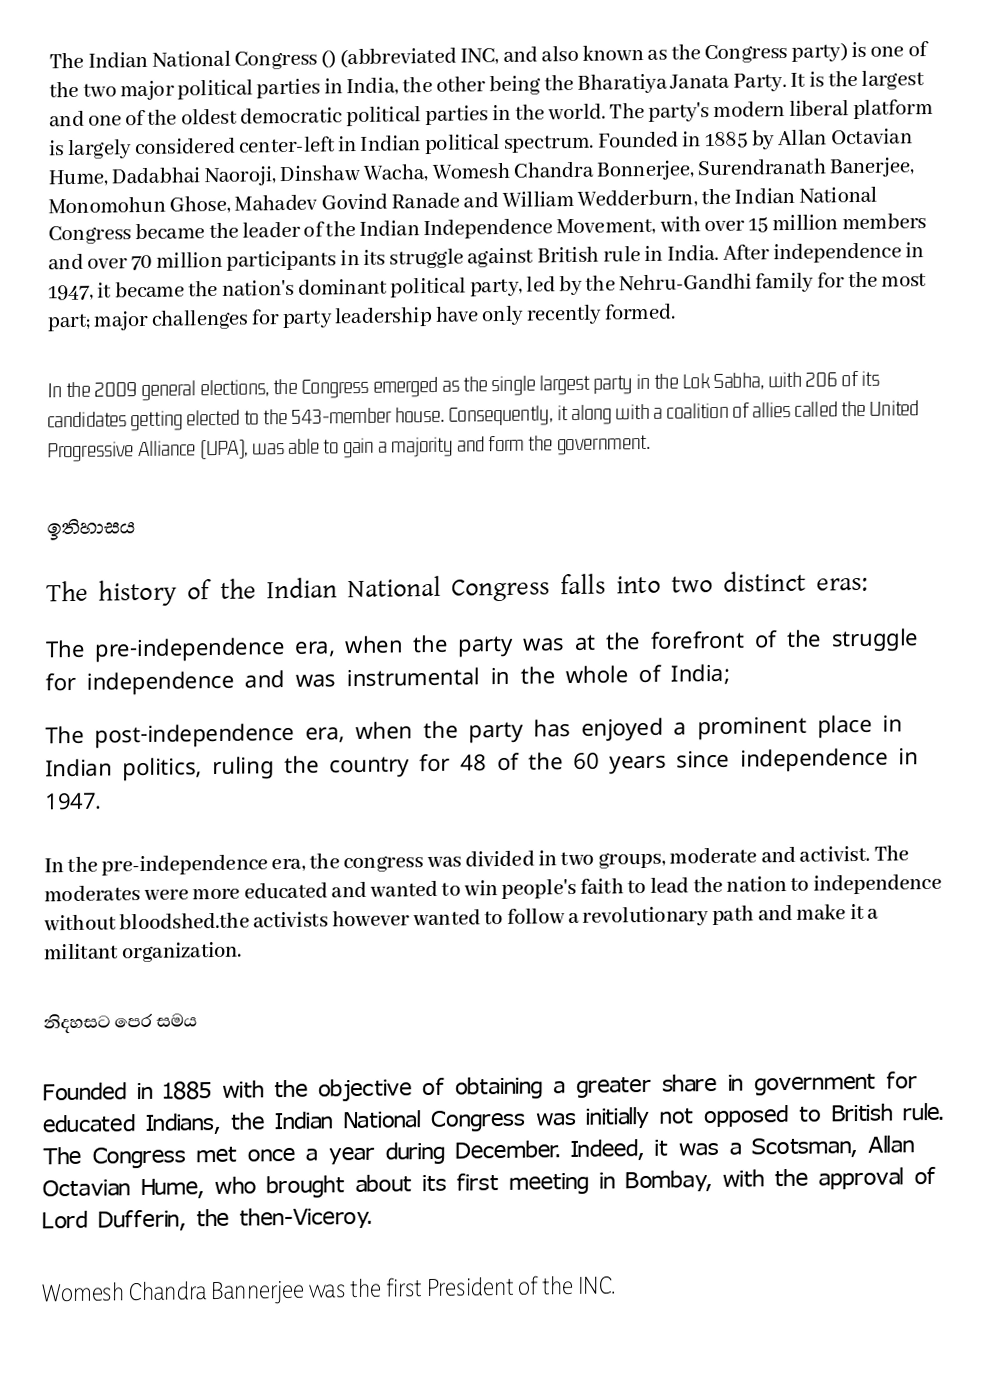
The Indian National Congress () (abbreviated INC, and also known as the Congress party) is one of the two major political parties in India, the other being the Bharatiya Janata Party. It is the largest and one of the oldest democratic political parties in the world. The party's modern liberal platform is largely considered center-left in Indian political spectrum. Founded in 1885 by Allan Octavian Hume, Dadabhai Naoroji, Dinshaw Wacha, Womesh Chandra Bonnerjee, Surendranath Banerjee, Monomohun Ghose, Mahadev Govind Ranade and William Wedderburn, the Indian National Congress became the leader of the Indian Independence Movement, with over 15 million members and over 70 million participants in its struggle against British rule in India. After independence in 1947, it became the nation's dominant political party, led by the Nehru-Gandhi family for the most part; major challenges for party leadership have only recently formed.

In the 2009 general elections, the Congress emerged as the single largest party in the Lok Sabha, with 206 of its candidates getting elected to the 543-member house. Consequently, it along with a coalition of allies called the United Progressive Alliance (UPA), was able to gain a majority and form the government.

ඉතිහාසය

The history of the Indian National Congress falls into two distinct eras:
 The pre-independence era, when the party was at the forefront of the struggle for independence and was instrumental in  the whole of India;
 The post-independence era, when the party has enjoyed a prominent place in Indian politics, ruling the country for 48 of the 60 years since independence in 1947.

In the pre-independence era, the congress was divided in two groups, moderate and activist. The moderates were more educated and wanted to win people's faith to lead the nation to independence without bloodshed.the activists however wanted to follow a revolutionary path and make it a militant organization.

නිදහසට පෙර සමය

Founded in 1885 with the objective of obtaining a greater share in government for educated Indians, the Indian National Congress was initially not opposed to British rule. The Congress met once a year during December. Indeed, it was a Scotsman, Allan Octavian Hume, who brought about its first meeting in Bombay, with the approval of Lord Dufferin, the then-Viceroy.

Womesh Chandra Bannerjee was the first President of the INC.